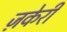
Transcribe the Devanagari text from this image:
ज़केरी